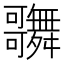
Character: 𪢦